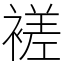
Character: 褨